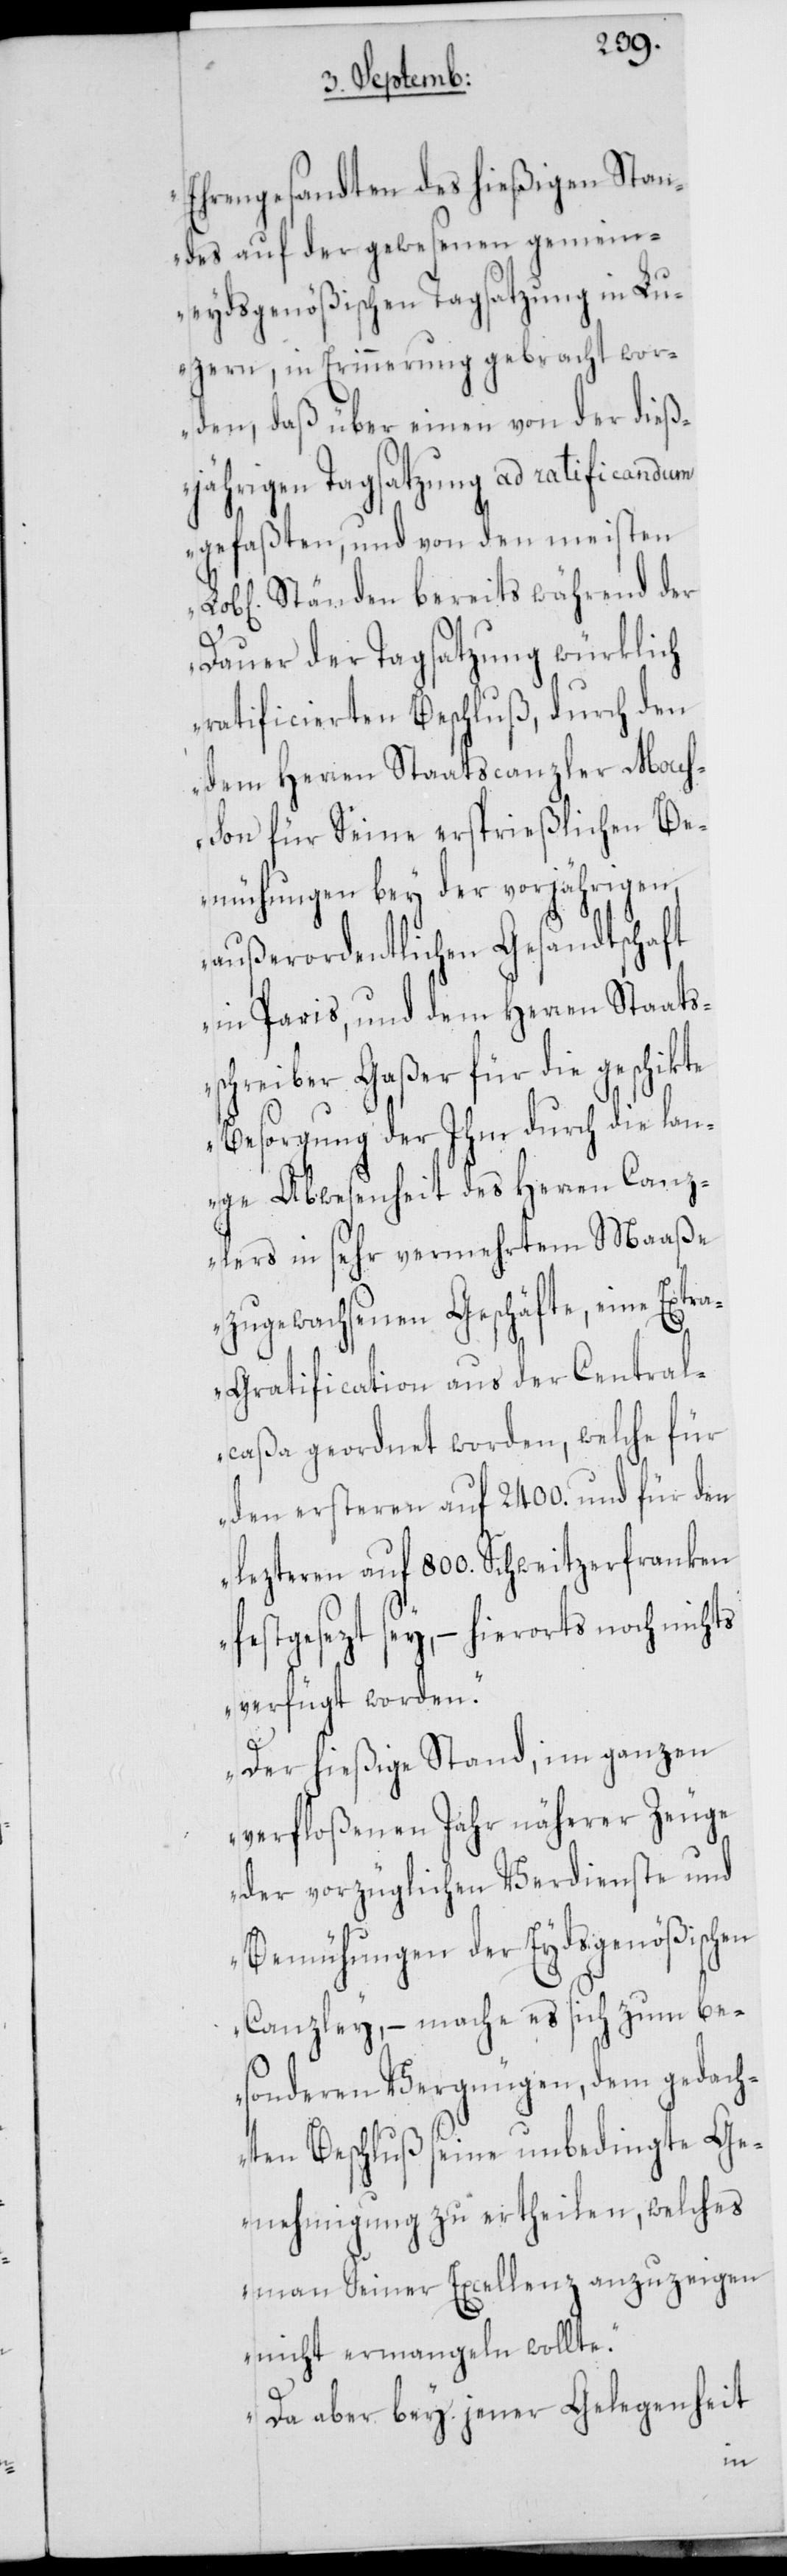
Ehrengesandten des hießigen Stan¬
des auf der gewesenen gemein¬
eydsgenößischen Tagsatzung in Lu¬
zern, in Erinnerung gebracht wor¬
den, daß über einen von der die¬
sjährigen Tagsatzung ad ratificandum
gefaßten, und von den meisten
Ständen bereits während der
Dauer der Tagsatzung würklich
ratificierten Beschluß, durch den
dem Herren Staatscanzler Mous¬
son für seine ersprießlichen Be¬
mühungen bey der vorjährigen
außerordentlichen Gesandtschaft
in Paris, und dem Herren Staats¬
schreiber Gaßer für die geschik¬
Besorgung der Ihm durch die lan¬
ge Abwesenheit des Herren Canz¬
lers in sehr vermehrtem Maaße
zugewachsenen Geschäfte, eine Extr¬
a-Gratification aus der Central¬
caßa geordnet worden, welche für
den ersteren auf 2400. und für den
lezteren auf 800. Schweitzerfranken
festgesezt sey, – hierorts noch nichts
verfügt worden.
Der hießige Stand, im ganzen
verfloßenen Jahr näherer Zeuge
der vorzüglichen Verdienste und
Bemühungen der Eydsgenößischen
Canzley, – mache es sich zum be¬
sonderen Vergnügen, dem gedach¬
ten Beschluß seine unbedingte Ge¬
nehmigung zu ertheilen, welches
man Seiner Excellenz anzuzeigen
nicht ermangeln wollte.
Da aber bey jener Gelegenheit
te